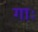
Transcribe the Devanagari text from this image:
गाः